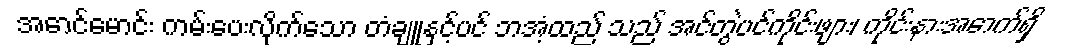
အောင်မောင်း ကမ်းပေးလိုက်သော တံချူနှင့်ပင် ဘအံ့ထည် သည် အင်တွဲပင်ကိုင်းဖျား၊ ကိုင်းနားအောက်ရှိ